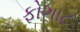
ફોગાટ